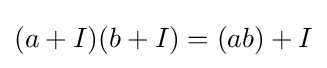
(a+I)(b+I)=(ab)+I